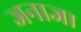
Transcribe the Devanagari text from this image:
जनाजा